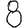
Digit: 8